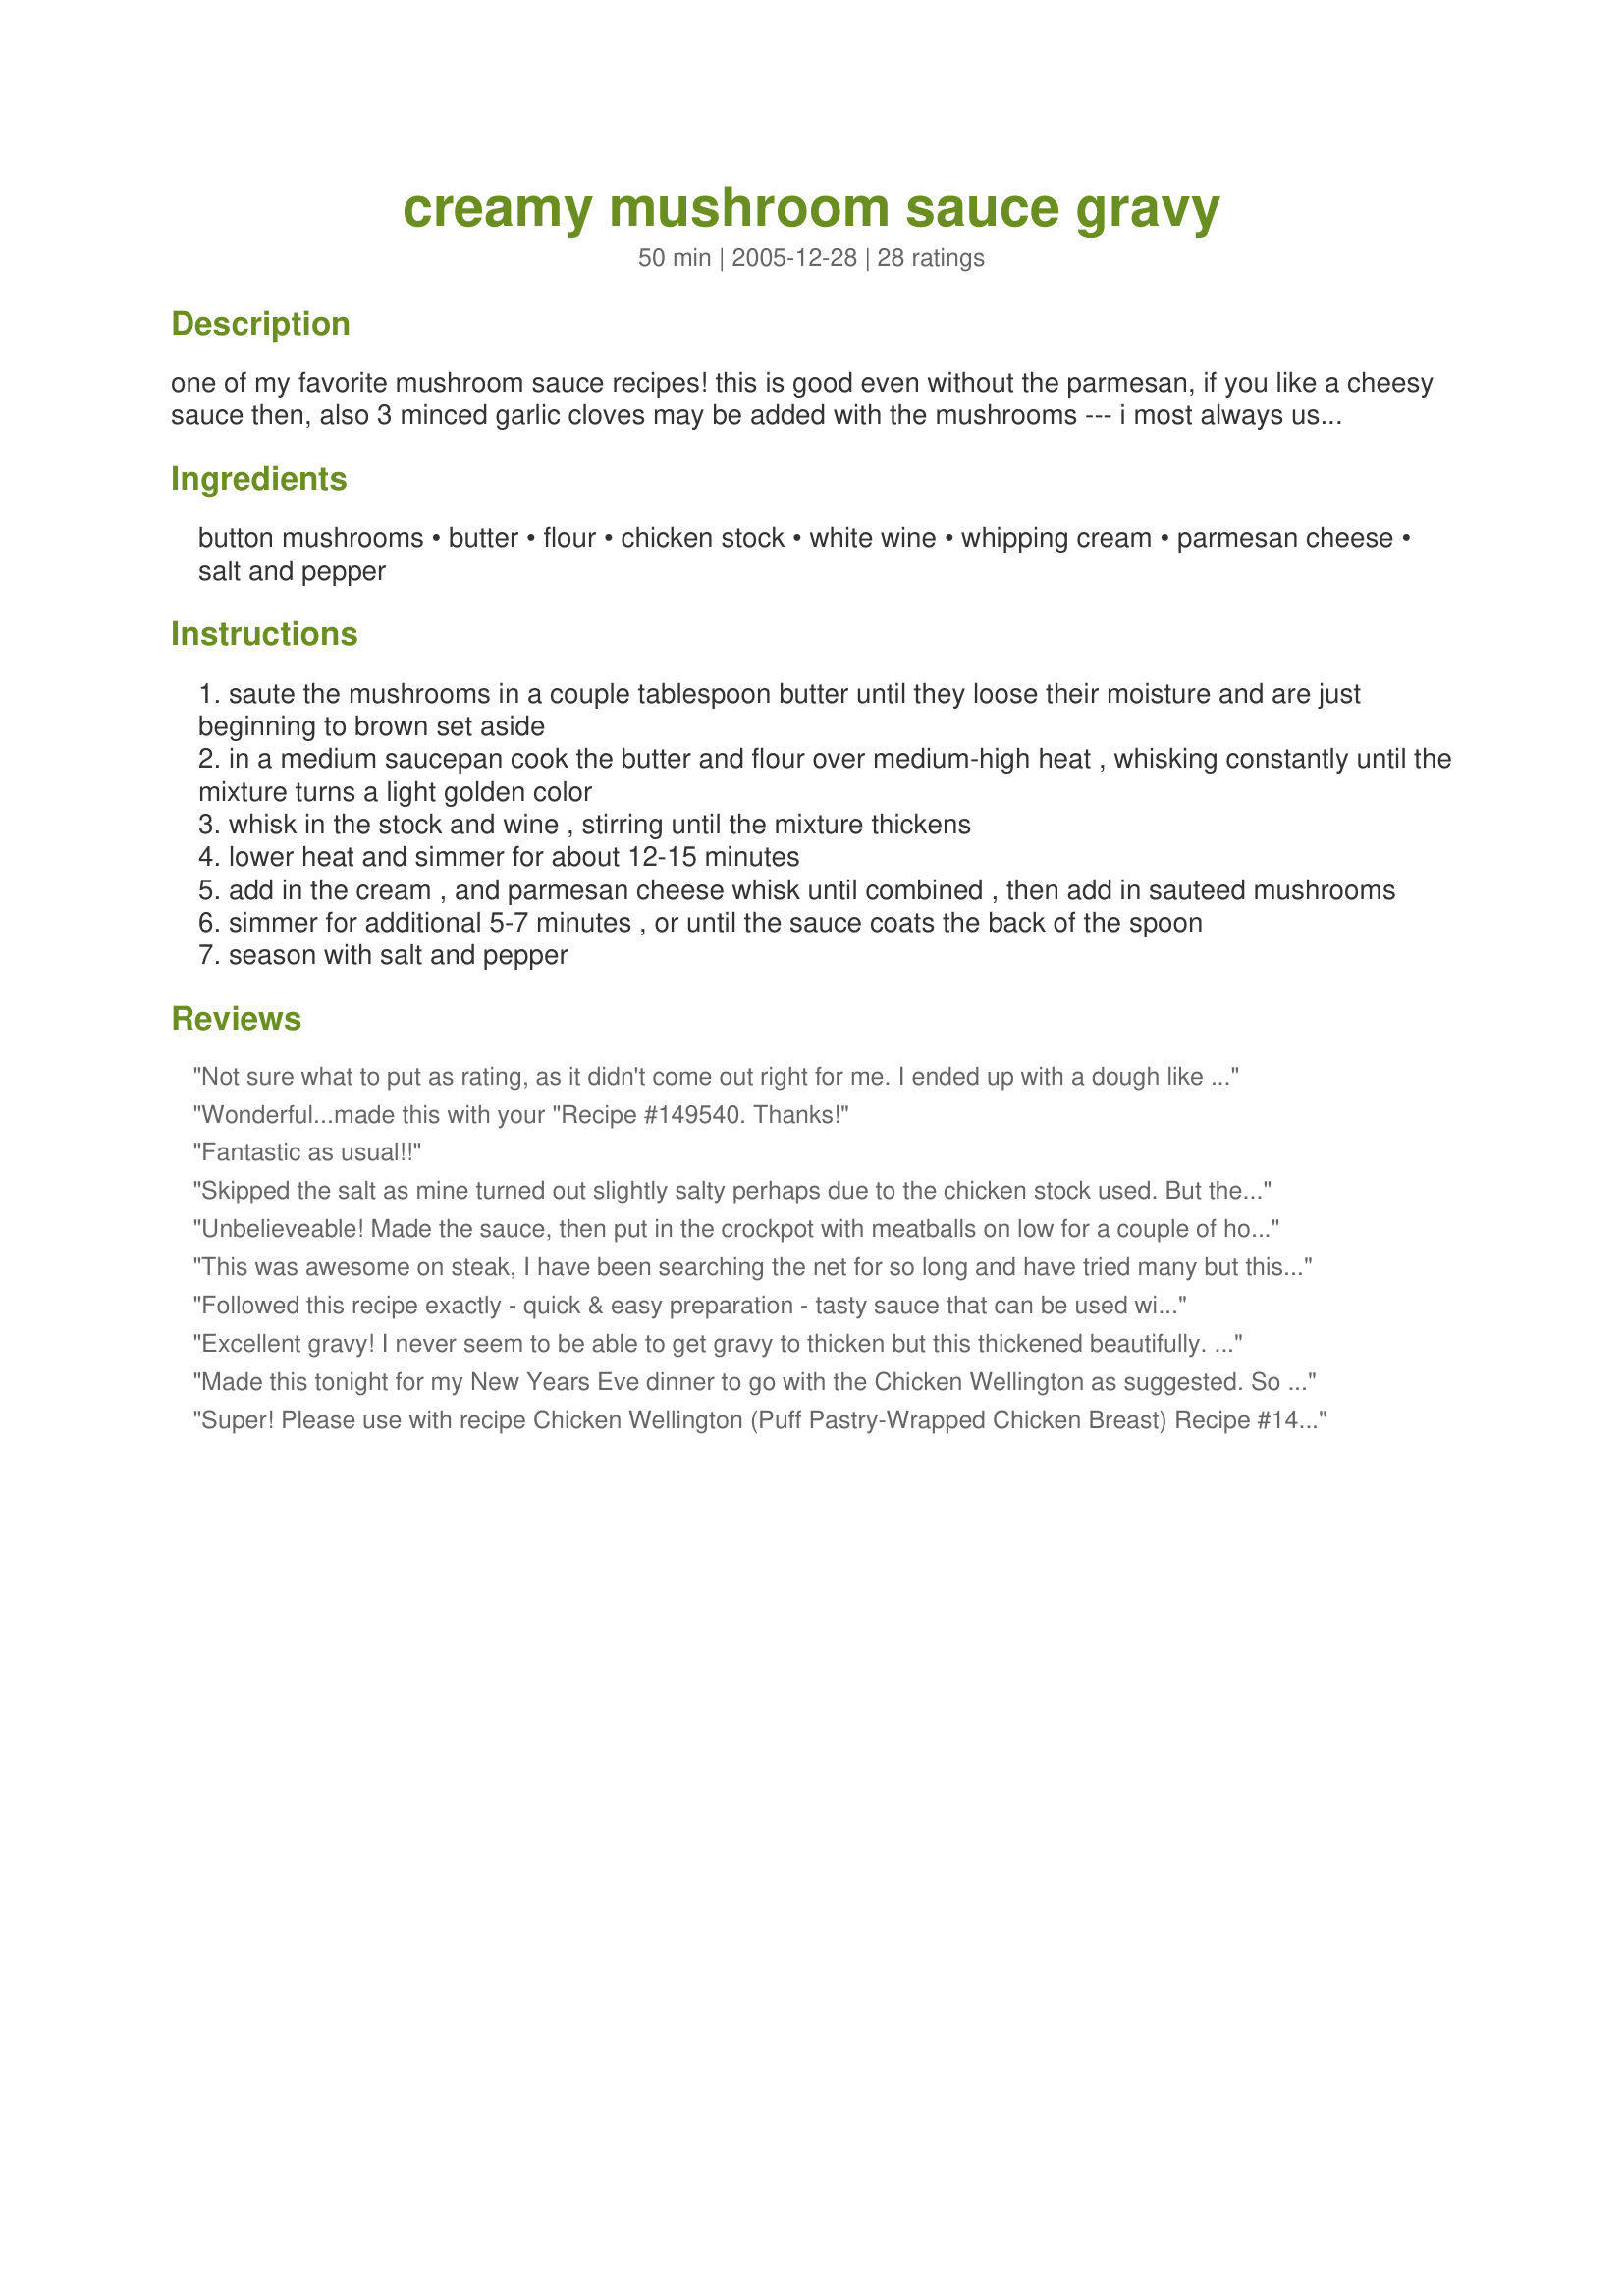
creamy mushroom sauce gravy
Preparation time: 50 minutes

one of my favorite mushroom sauce recipes! this is good even without the parmesan, if you like a cheesy sauce then, also 3 minced garlic cloves may be added with the mushrooms --- i most always use this sauce with my recipe #149540 though it's great with anything :)

Ingredients:
button mushrooms, butter, flour, chicken stock, white wine, whipping cream, parmesan cheese, salt and pepper

Steps:
saute the mushrooms in a couple tablespoon butter until they loose their moisture and are just beginning to brown set aside
in a medium saucepan cook the butter and flour over medium-high heat , whisking constantly until the mixture turns a light golden color
whisk in the stock and wine , stirring until the mixture thickens
lower heat and simmer for about 12-15 minutes
add in the cream , and parmesan cheese whisk until combined , then add in sauteed mushrooms
simmer for additional 5-7 minutes , or until the sauce coats the back of the spoon
season with salt and pepper

Reviews:
Not sure what to put as rating, as it didn't come out right for me. I ended up with a dough like consistency when whisk flour & butter. Adding the wine & styock didn't improve matters much! I ended up adapting it to make a diff sauce, which turned out nice.<br/><br/><br/>***UPDATE***<br/><br/>Have since realised where I went wrong! I should've added liquid a bit at a time and completely mixed in before adding next bit. Fab sauce!
Wonderful...made this with your "Recipe #149540. Thanks!
Fantastic as usual!!
Skipped the salt as mine turned out slightly salty perhaps due to the chicken stock used. But the creamy golden color and texture were really appetising and did go so well with the wellington chicken! Thanks!
Unbelieveable! Made the sauce, then put in the crockpot with meatballs on low for a couple of hours. Got rave reviews as part of the Christmas dinner. I am making it again tomorrow.
This was awesome on steak, I have been searching the net for so long and have tried many but this is the one I will be using from now on. Heaps better than I have ever had in restuarants so do yourself a favour and try it! Hubby was thrilled.
Followed this recipe exactly - quick & easy preparation - tasty sauce that can be used with a variety of foods - served it yesterday as a gravy for meatloaf/mashed potato dinner - will definitely continue to use
Excellent gravy! I never seem to be able to get gravy to thicken but this thickened beautifully. I placed a nice amount on a plate then put Recipe#149540 on top of it, then put a little more over the puff pastry. Mmm!! The parmesan isn't optional in my opinion it REALLY brought out the flavor of the white wine for me.
Made this tonight for my New Years Eve dinner to go with the Chicken Wellington as suggested. So delicious, everyone loved it! It could go with so many other things. This is definitely a keeper!
Super!
Please use with recipe 
Chicken Wellington (Puff Pastry-Wrapped Chicken Breast) Recipe #149540 as suggested !
The results were FANTASTIC!
I was pre-cooking so after a medical thing I would not have to stress, but I have now lost ALL sympathy from my family!
Will keep this as a monthly cooking!
*** I did "add" to this - I found white LARGE mushrooms on sale, followed recipe to the letter but sauted the Large mushrooms in butter alone - cut in medium slices for viewing shock, and stirred in at last minutes to cover in sauce before using. Effect was GREAT!
Sprinkled the top with fresh chopped parsley just before serving.

This sauce was fabulous! My only complaint was that it did not turn golden brown even when i followed the recipe exactly. It's a good pasta sauce though. Thanks kittencal!
Excellent sauce. Served with the Chicken Wellington. Everybody raved over this sauce. Will make again and agin. Thanks for posting.

ChefRaylene
This simple-to-prepare sauce is rich and delicious. I served it with chicken in puff pastry, but as anothe reviewer said, it can be used with many other dishes.
This tasted pretty good, couldn't get it the golden color though. Served it with the Chicken Wellington in Puff Pastry at a dinner party and people seemed to like it.
Absolutely delicious!!! I was great with the Chicken Wellington and would be great on anything. So yummy!!
Awesome....added small amount of finely chopped onions too and use 1/2 and 1/2 as someone else mentioned. Used the gravy the next day over a round roast and let it cook in crockpot all day on low while at work......meat fell apart and put all of it over mashed taters.......mmmmmmmmm.....it was rock and roll!!!
This was very good. I've been looking for an "all purpose" mushroom sauce and I think this fits the bill quite nicely. Thanks for sharing.
This was SUPER!! I followed it exactly as written except I had to use half-n-half in place of the whipping cream and I omitted the cheese. I served this on veal liver smothered in onions and mashed potatoes. This really made the meal. It's going to my tried and true file to be used again and again. Thank you for another fine recipe.
Very good, I ended up using just milk instead of the whipping cream cause it was all I had on hand, but it still tasted yummy! Thanks!
Absolutly wonderful! Will make again and again!!
This was delicious - I made it with the Chicken Wellington (Puff Pastry-Wrapped Chicken). Thank you for sharing your recipes Kitten : )
Yum! Used with the Chicken wellington.
I make this often, sometimes as a pasta sauce. It is also good with sour cream substitution instead of the cream. For more texture, I make the mushroom slices uneven size, so they cook unevenly. very quick and easy, and it always comes out great.
This is very similar to a mushroom sauce I used to make years ago: one of those long-lost, sadly missed recipes that fond memory has made probably more flavoursome than it actually was! As I was wanting a sauce rather than a gravy, I used considerably less stock - I used my Recipe #135453 - but the full quota of wine. I also added some minced garlic in step 1. A KITTENCAL recipe without garlic: I was shocked! ;) I used Greek yoghurt instead of the cream and omitted the parmesan. Thanks for sharing this recipe! I shall be making it often to use with various dishes. Made on this occasion for Ali Baba's Babes for ZWT 5.
Easy! I used 1/2 and 1/2 instead of whipping cream. I think I will use chicken stock instead of the wine next time. I will add in a little salt too.
Wow!! I used whole wheat flour, beef stock and ff half and half. Made this to go over hamburger steaks with squash from my garden. The best mushroom sauce I have ever eaten!
This is dern good! I did a skinny version using Smart Balance Light and FF Half & Half... and no one was the wiser! I also used what I had on hand - which included half portabella mushrooms which I actually thought added a great flavor! Fantastic over Recipe #79944
I adored this sauce; it was exactly how I thought it would be. It was earthy yet decadent and not TOO mushroomy for the Picky Ones who don't like to eat "fungus", but who actually conceded to eating half their plate this time. I served this sauce over cheese tortellini. I can't wait to make it again!
